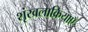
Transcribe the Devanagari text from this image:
शृंखलाक्रियाएँ